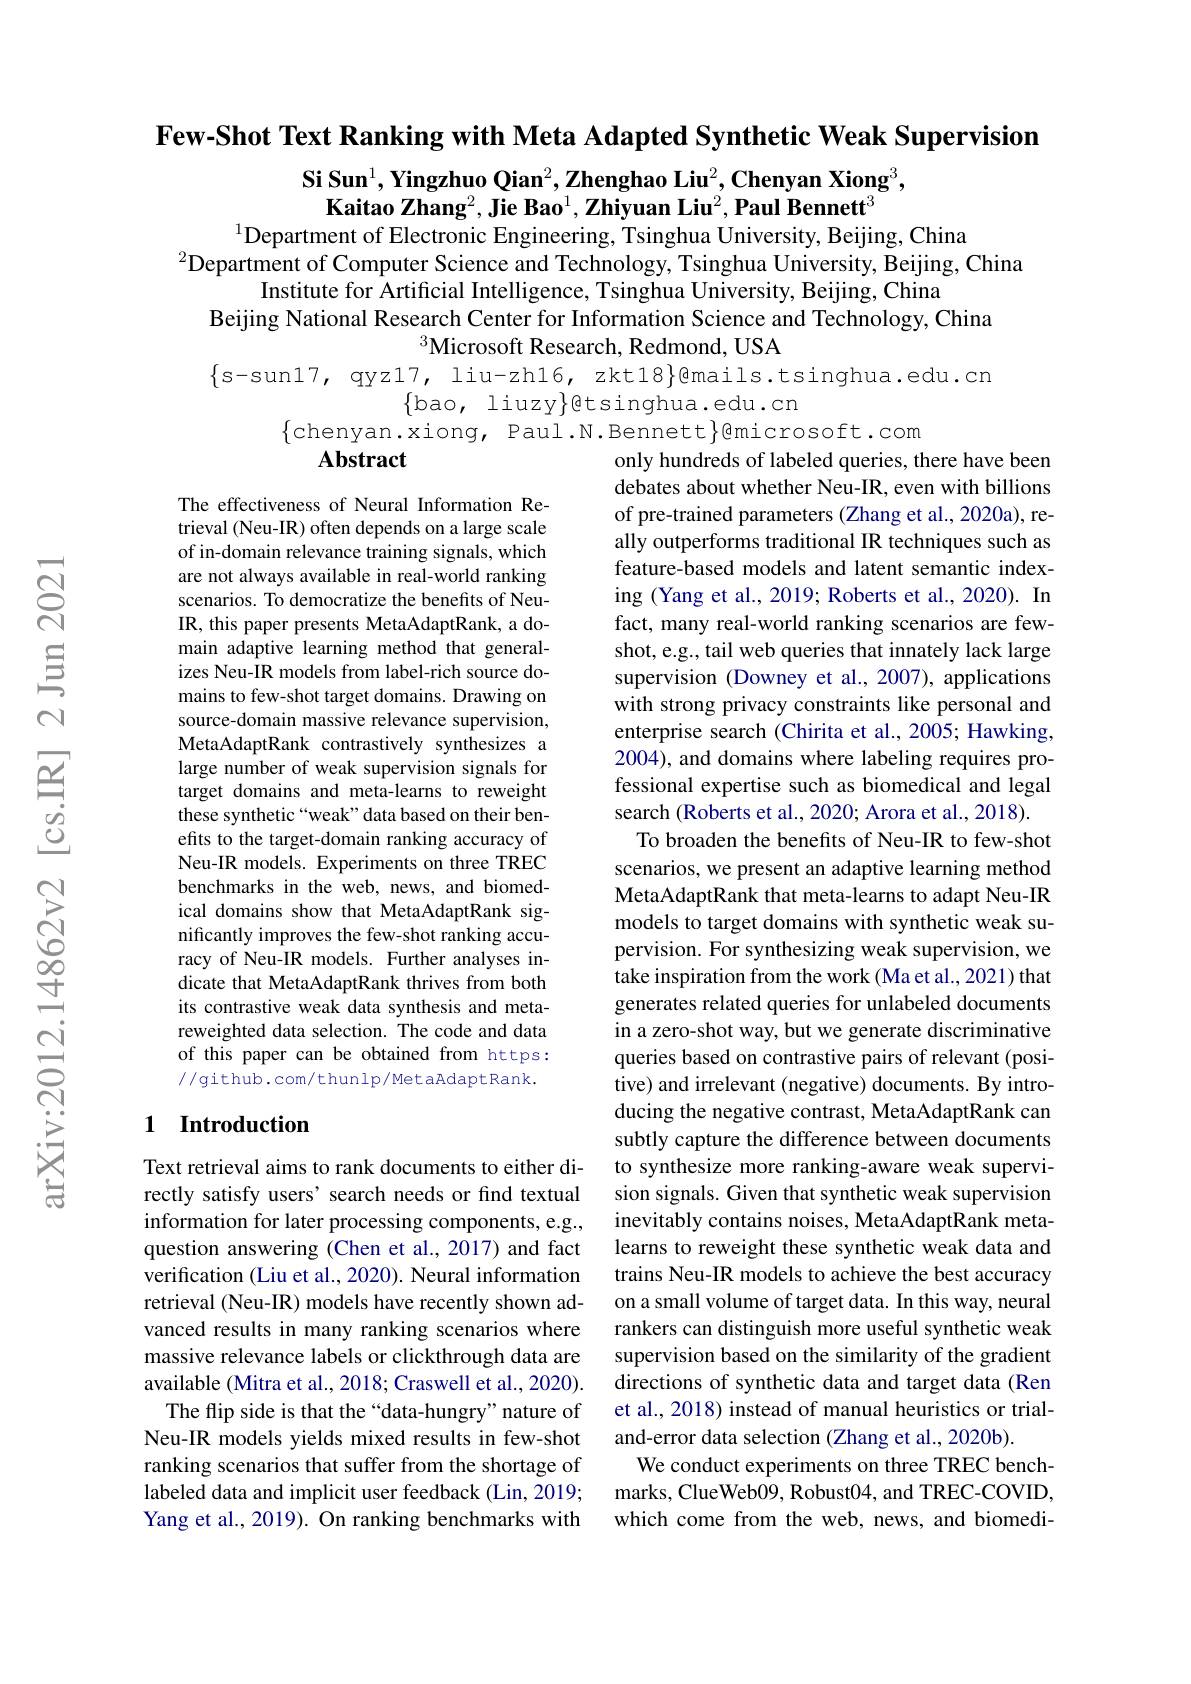
Few-Shot Text Ranking with Meta Adapted Synthetic Weak Supervision

$\textbf{Si Sun}^1,\textbf{Yingzhuo Qian}^2,\textbf{Zhenghao Liu}^2,\textbf{Chenyan Xiong}^3$,
$\bar{\textbf{Kaitao Zhang}^2},\bar{\textbf{Jie Bao}^1},\bar{\textbf{Zhiyuan Liu}^2}$,Paul Bennett$^3$
$^{1}$Department of Electronic Engineering, Tsinghua University, Beijing, China

$^{2}$Department of Computer Science and Technology, Tsinghua University, Beijing, China
Institute for Artificial Intelligence, Tsinghua University, Beijing, China
Beijing National Research Center for Information Science and Technology, China
$^{3}$Microsoft Research, Redmond, USA
$\{$s-sun17, qyz17, liu-zh16, zkt18}@{mails.tsinghua.edu.cn
$\{$bao, liuzy$\}$etsinghua.edu.cn
$\{$chenyan.xiong, Paul.N.Bennett$\}$@microsoft.com
$\mathbf{Abstract}$
only hundreds of labeled queries, there have been

The effectiveness of Neural Information Retrieval (Neu-IR) often depends on a large scale of in-domain relevance training signals, which are not always available in real-world ranking scenarios. To democratize the benefits of NeuIR, this paper presents MetaAdaptRank, a domain adaptive learning method that generalizes Neu-IR models from label-rich source domains to few-shot target domains. Drawing on source-domain massive relevance supervision, MetaAdaptRank contrastively synthesizes a large number of weak supervision signals for target domains and meta-learns to reweight these synthetic “weak” data based on their benefits to the target-domain ranking accuracy of Neu-IR models. Experiments on three TREC benchmarks in the web, news, and biomedical domains show that MetaAdaptRank significantly improves the few-shot ranking accuracy of Neu-IR models. Further analyses indicate that MetaAdaptRank thrives from both its contrastive weak data synthesis and metareweighted data selection. The code and data of this paper can be obtained from https: //github.com/thunlp/MetaAdaptRank.

debates about whether Neu-IR, even with billions of pre-trained parameters (Zhang et al., 2020a), really outperforms traditional IR techniques such as feature-based models and latent semantic indexing (Yang et al., 2019; Roberts et al., 2020). In fact, many real-world ranking scenarios are fewshot, e.g., tail web queries that innately lack large supervision (Downey et al., 2007), applications with strong privacy constraints like personal and enterprise search (Chirita et al., 2005; Hawking, 2004), and domains where labeling requires professional expertise such as biomedical and legal search (Roberts et al., 2020; Arora et al., 2018). To broaden the benefits of Neu-IR to few-shot scenarios, we present an adaptive learning method MetaAdaptRank that meta-learns to adapt Neu-IR models to target domains with synthetic weak supervision. For synthesizing weak supervision, we take inspiration from the work (Ma et al., 2021) that generates related queries for unlabeled documents in a zero-shot way, but we generate discriminative queries based on contrastive pairs of relevant (positive) and irrelevant (negative) documents. By introducing the negative contrast, MetaAdaptRank can subtly capture the difference between documents to synthesize more ranking-aware weak supervision signals. Given that synthetic weak supervision inevitably contains noises, MetaAdaptRank metalearns to reweight these synthetic weak data and trains Neu-IR models to achieve the best accuracy on a small volume of target data. In this way, neural rankers can distinguish more useful synthetic weak supervision based on the similarity of the gradient directions of synthetic data and target data (Ren et al., 2018) instead of manual heuristics or trialand-error data selection (Zhang et al., 2020b)
We conduct experiments on three TREC benchmarks, ClueWeb09, Robust04, and TREC-COVID, which come from the web, news, and biomedi-

# 1 Introduction

Text retrieval aims to rank documents to either directly satisfy users' search needs or find textual information for later processing components, e.g., question answering (Chen et al., 2017) and fact verification (Liu et al., 2020). Neural information retrieval (Neu-IR) models have recently shown advanced results in many ranking scenarios where massive relevance labels or clickthrough data are available (Mitra et al., 2018; Craswell et al., 2020).
The flip side is that the “data-hungry”nature of Neu-IR models yields mixed results in few-shot ranking scenarios that suffer from the shortage of labeled data and implicit user feedback (Lin, 2019; Yang et al., 2019). On ranking benchmarks with